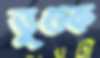
ভুগুক